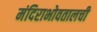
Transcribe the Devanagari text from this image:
मंदिराभोवतालची